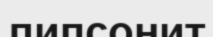
липсонит